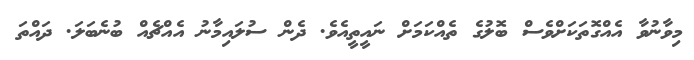
މިވާނުވާ އެއްގޮތަކަށްވެސް ބޮލުގެ ތެއްކަމަށް ނައީތީއެވެ. ދެން ސުލައިމާނު އެއްޗެއް ބުނެބަލަ. ދައްތަ